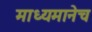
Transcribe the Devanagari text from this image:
माध्यमानेच